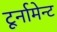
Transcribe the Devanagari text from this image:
टूर्नामेन्‍ट